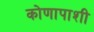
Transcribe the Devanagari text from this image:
कोणापाशी